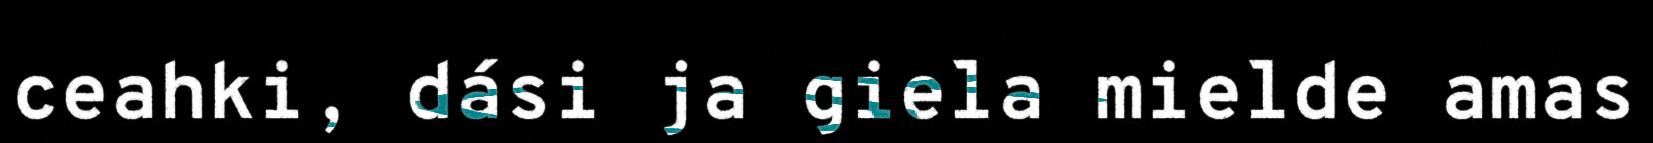
ceahki, dási ja giela mielde amas